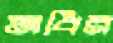
অধিন